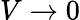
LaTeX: V\to 0